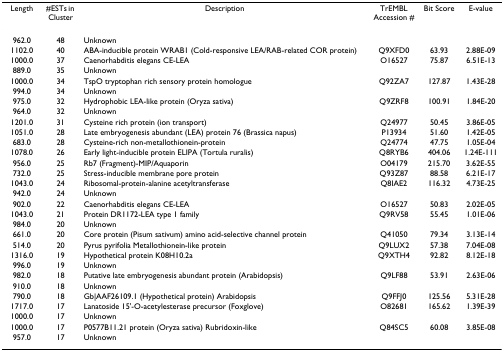
<table><thead><tr><td><b>Length</b></td><td><b>#ESTs in Cluster</b></td><td><b>Description</b></td><td><b>TrEMBL Accession #</b></td><td><b>Bit Score</b></td><td><b>E-value</b></td></tr></thead><tbody><tr><td>962.0</td><td>48</td><td>Unknown</td><td></td><td></td><td></td></tr><tr><td>1102.0</td><td>40</td><td>ABA-inducible protein WRAB1 (Cold-responsive LEA/RAB-related COR protein)</td><td>Q9XFD0</td><td>63.93</td><td>2.88E-09</td></tr><tr><td>1000.0</td><td>37</td><td>Caenorhabditis elegans CE-LEA</td><td>O16527</td><td>75.87</td><td>6.51E-13</td></tr><tr><td>889.0</td><td>35</td><td>Unknown</td><td></td><td></td><td></td></tr><tr><td>1000.0</td><td>34</td><td>TspO tryptophan rich sensory protein homologue</td><td>Q92ZA7</td><td>127.87</td><td>1.43E-28</td></tr><tr><td>994.0</td><td>34</td><td>Unknown</td><td></td><td></td><td></td></tr><tr><td>975.0</td><td>32</td><td>Hydrophobic LEA-like protein (Oryza sativa)</td><td>Q9ZRF8</td><td>100.91</td><td>1.84E-20</td></tr><tr><td>964.0</td><td>32</td><td>Unknown</td><td></td><td></td><td></td></tr><tr><td>1201.0</td><td>31</td><td>Cysteine rich protein (ion transport)</td><td>Q24977</td><td>50.45</td><td>3.86E-05</td></tr><tr><td>1051.0</td><td>28</td><td>Late embryogenesis abundant (LEA) protein 76 (Brassica napus)</td><td>P13934</td><td>51.60</td><td>1.42E-05</td></tr><tr><td>683.0</td><td>28</td><td>Cysteine-rich non-metallothionein-protein</td><td>Q24774</td><td>47.75</td><td>1.05E-04</td></tr><tr><td>1078.0</td><td>26</td><td>Early light-inducible protein ELIPA (Tortula ruralis)</td><td>Q8RYB6</td><td>404.06</td><td>1.24E-111</td></tr><tr><td>956.0</td><td>25</td><td>Rb7 (Fragment)-MIP/Aquaporin</td><td>O04179</td><td>215.70</td><td>3.62E-55</td></tr><tr><td>732.0</td><td>25</td><td>Stress-inducible membrane pore protein</td><td>Q93Z87</td><td>88.58</td><td>6.21E-17</td></tr><tr><td>1043.0</td><td>24</td><td>Ribosomal-protein-alanine acetyltransferase</td><td>Q8IAE2</td><td>116.32</td><td>4.73E-25</td></tr><tr><td>942.0</td><td>24</td><td>Unknown</td><td></td><td></td><td></td></tr><tr><td>902.0</td><td>22</td><td>Caenorhabditis elegans CE-LEA</td><td>O16527</td><td>50.83</td><td>2.02E-05</td></tr><tr><td>1043.0</td><td>21</td><td>Protein DR1172-LEA type 1 family</td><td>Q9RV58</td><td>55.45</td><td>1.01E-06</td></tr><tr><td>984.0</td><td>20</td><td>Unknown</td><td></td><td></td><td></td></tr><tr><td>661.0</td><td>20</td><td>Core protein (Pisum sativum) amino acid-selective channel protein</td><td>Q41050</td><td>79.34</td><td>3.13E-14</td></tr><tr><td>514.0</td><td>20</td><td>Pyrus pyrifolia Metallothionein-like protein</td><td>Q9LUX2</td><td>57.38</td><td>7.04E-08</td></tr><tr><td>1316.0</td><td>19</td><td>Hypothetical protein K08H10.2a</td><td>Q9XTH4</td><td>92.82</td><td>8.12E-18</td></tr><tr><td>996.0</td><td>19</td><td>Unknown</td><td></td><td></td><td></td></tr><tr><td>982.0</td><td>18</td><td>Putative late embryogenesis abundant protein (Arabidopsis)</td><td>Q9LF88</td><td>53.91</td><td>2.63E-06</td></tr><tr><td>910.0</td><td>18</td><td>Unknown</td><td></td><td></td><td></td></tr><tr><td>790.0</td><td>18</td><td>Gb|AAF26109.1 (Hypothetical protein) Arabidopsis</td><td>Q9FFJ0</td><td>125.56</td><td>5.31E-28</td></tr><tr><td>1717.0</td><td>17</td><td>Lanatoside 15&#x27;-O-acetylesterase precursor (Foxglove)</td><td>O82681</td><td>165.62</td><td>1.39E-39</td></tr><tr><td>1000.0</td><td>17</td><td>Unknown</td><td></td><td></td><td></td></tr><tr><td>1000.0</td><td>17</td><td>P0577B11.21 protein (Oryza sativa) Rubridoxin-like</td><td>Q84SC5</td><td>60.08</td><td>3.85E-08</td></tr><tr><td>957.0</td><td>17</td><td>Unknown</td><td></td><td></td><td></td></tr></tbody></table>